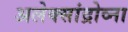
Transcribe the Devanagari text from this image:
अलेक्सांद्रोव्ना